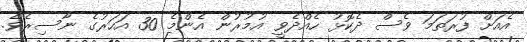
އެއަށް ފުރަތަމަ ވެސް ދެކޮޅު ހެއްދެވީ އުމުރުން އެންމެ 30 އަހަރުގެ ނާސިރެވެ.